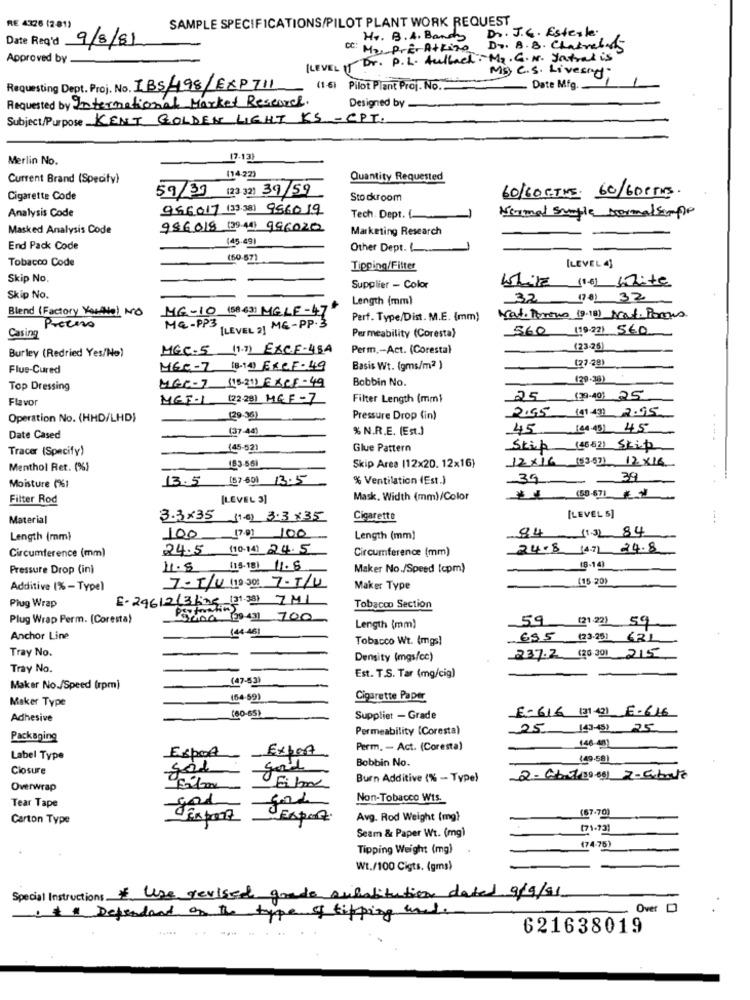
SAMPLE SPECIFICATIONS/PILOT PLANT WORK REQUEST
RE 4326 (2-81)
Dr. J.C. Estesle
Date Req'd
9/8/81
Hr. B. A. Bandy
DC: MaPrEr Athina
Dr. B.B. Chairebass
Approved by
ILEVEL If Dr. P. L. Aulbach: Mg. G. N. Yatrak is
My C.S. Livesny:
Requesting Dept. Proj. No. IBS/498/EXP711
(1-6) Pilot Plant Proj. No.
Date Mfg.
Requested by International Market Research.
Designed by
Subject/Purpose KENT GOLDEN LIGHT KS - CPT.
Merlin No.
17.13)
(14.22)
Current Brand (Specify)
Quantity Requested
59/33 (23 32) 39/59
Cigarette Code
Stockroom
60/60 G-TME. 60/60PTS.
Analysis Code
956017 (3 /38) 956019
Tech Dept. (
Normal simple normale-pe
Masked Analysis Code
986018 (39 44) 996020
Marketing Research
[45-49]
End Pack Code
Other Dept.
Tobacco Code
(50.87)
Tipping/Filter
[LEVEL 4]
Skip No.
Supplier - Color
White (16) White
Skip No.
Length (mm)
32
MG-10 (58 431 MGLF-47
Blend (Factory Youto) NO
Perf. Type/Dist. M.E. (mm)
Wat. Portus (9.18) Nat. Porus
Proceso
MG -PP3
[LEVEL 2] ME-PP.3
560 (19-22) 560
Casing
Permeability (Coresta)
Burley (Redried Yes/No)
MGC.5 (1.7) EXC.F-48A
Perm .- Act. (Corestal
(23-26)
Flue-Cured
MEC-7 (8-14) ExCF-49
Basis Wt. (gms/m2 )
(27-391
Bobbin No.
(29.38)
Top Dressing
MGC-7
(15-21) ExCE-49
Flavor
MGF-1 (22201 MEF-7
Filter Length (mm)
25 (20 40) 25
2.55 (11.43) 2.95
Operation No. (HHD/LHD)
(29.36)
Pressure Drop (in)
(37-44)
% N.R.E. (Est.)
45 (44.43) 45
Date Cased
-
Tracer (Specify)
(45-521
Glue Pattern
Skip (8052) Skip
12×16 (83.67) 12×16
Menthol Ret. (%)
153-561
Skip Area (12x20. 12x16)
13.5
[57-60) 13.5
% Ventilation (Est.)
39
-
39
Moisture (%)
Filter Rod
[LEVEL 3]
Mask, Width (mm)/Color
[LEVEL 5]
Material
3.3x35 (1.6) 3.3×35
Cigarette
(1.3) 84
Length (mm)
100 (7.0) 100
Length (mm]
84
24.5 (10.14) 24.5
Circumference (mm)
24.8 (4.7) 24.8
Circumference (mm)
Pressure Drop (in)
1.5 (15.181 1.8
Maker No./Speed (cpm)
(8-14)
(15 -20)
Additive (% - Type)
7.5/U (10 200 7-T/U
Maker Type
Plug Wrap
E-29612(3ling (31 38) 7MI
Tobacco Section
Plug Wrap Perm. [Coresta)
Psy,00 12043] 700
(44 48)
Length (mm)
59 (21 22) 59
Anchor Line
Tobacco Wt. (mgs!
655 (23-251 621
Tray No.
Density (mgs/cc)
237.2 (20.30) 215
Tray No.
(47-53)
Est. T.S. Tar (mg/cig)
Maker No./Speed (rpm)
Maker Type
(64-59)
Cigarette Paper
E-616 (31 42) E-616
Adhesive
(60-65)
Suppliet - Grade
Permeability (Coresta)
25 143-451 25
Packaging
Espo4
Export
Perm. - Act. (Coresta)
Label Type
Bobbin No.
(49.58)
Closure
gard
Burn Additive (% - Type)
2-Cba7(30-60) 2-abate
Overwrap
UFibra
ford
Non-Tobacco Wis.
Tear Tape
(67.70)
Carton Type
DEsport
Export
Avg. Rod Weight (mg)
Seam & Paper Wt. (mg)
[71.73]
Tipping Weight (mg)
(74-75)
Wt./100 Cigts. (gms)
Special Instructions . Use revised grade substitution dated 9/9/91
Over 0
Is Dependent on the type of tipping and.
---
621638019